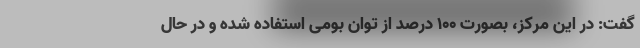
گفت: در این مرکز، بصورت 100 درصد از توان بومی استفاده شده و در حال